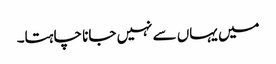
میں یہاں سے نہیں جانا چاہتا۔